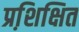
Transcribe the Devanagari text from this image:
प्रशि़क्षित